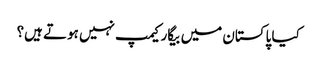
کیا پاکستان میں بیگار کیمپ نہیں ہوتے ہیں؟